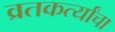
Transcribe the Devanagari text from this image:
व्रतकर्त्यांचा